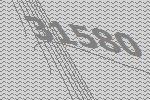
31580